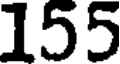
155